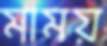
মাময়